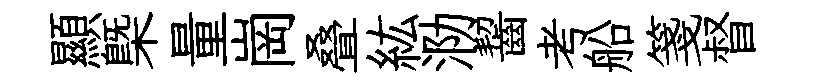
顯槩量崗叠紘泐齧考船箋督